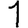
Digit: 1